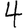
Digit: 4